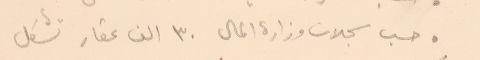
● حسب سجلات وزارة المال ٣٠ الف عقار تشكل